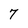
Character: 7